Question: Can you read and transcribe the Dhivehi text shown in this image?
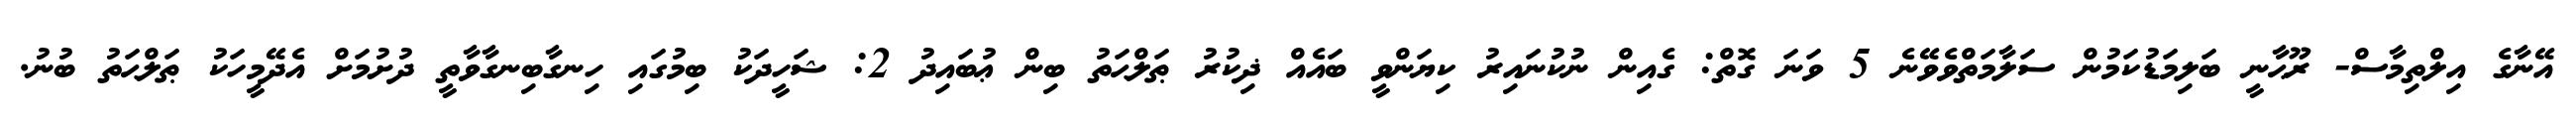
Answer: އޭނާގެ އިލްތިމާސް- ރޫޙާނީ ބަލިމަޑުކަމުން ސަލާމަތްވެވޭނެ 5 ވަނަ ގޮތް: ގެއިން ނުކުނައިރު ކިޔަންވީ ބައެއް ޛިކުރު ޠަލްޙަތު ބިން ޢުބައިދު 2: ޝަހީދަކު ބިމުގައި ހިނގާބިނގާވާތީ ދުށުމަށް އެދޭމީހަކު ޠަލްޙަތު ބުނު.